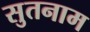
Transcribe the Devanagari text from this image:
सुतनाम